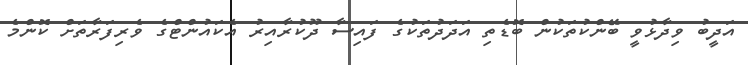
އަދީބު ވިދާޅުވީ ބޭންކުތަކުން ބޮޑެތި އަދަދުތަކުގެ ފައިސާ ދޫކުރާއިރު އެކައުންޓްގެ ވެރިފަރާތަށް ކޮންމެ